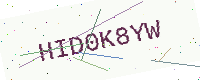
Text: HID0K8YW